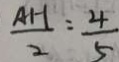
\frac { A H } { 2 } = \frac { 4 } { 5 }